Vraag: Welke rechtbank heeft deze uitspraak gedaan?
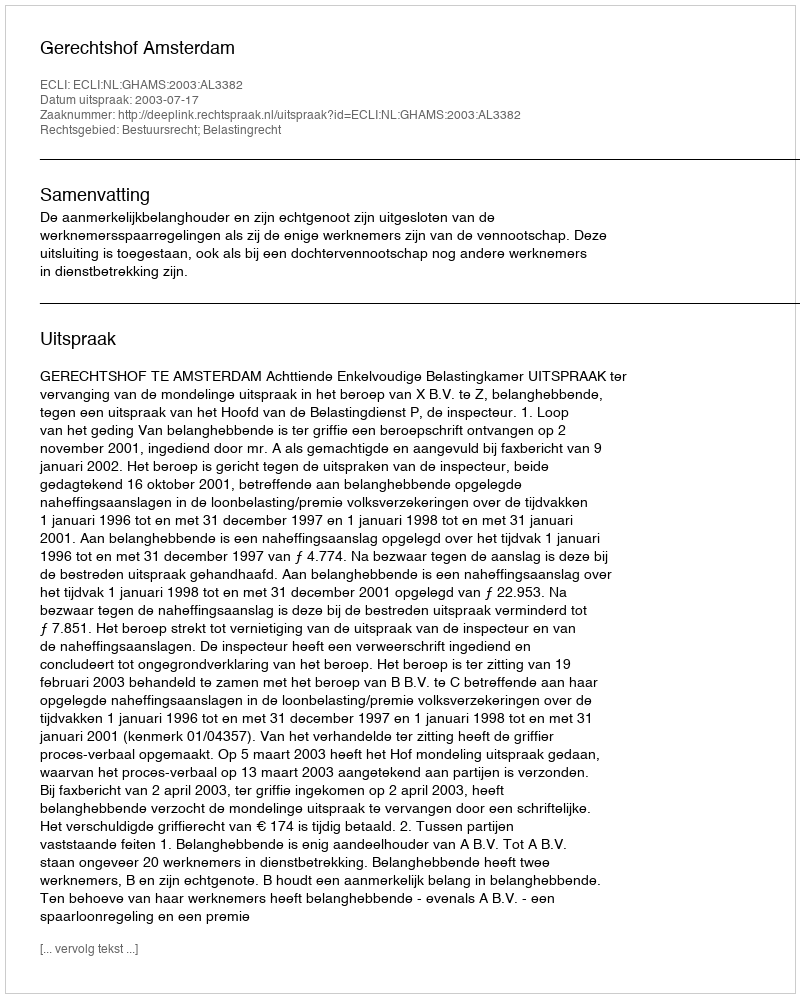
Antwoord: Gerechtshof Amsterdam